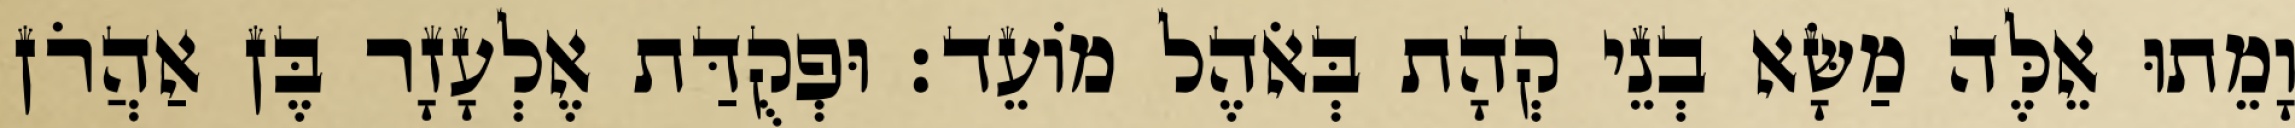
וָמֵתוּ אֵלֶּה מַשָּׂא בְנֵי קְהָת בְּאֹהֶל מוֹעֵד׃ וּפְקֻדַּת אֶלְעָזָר בֶּן אַהֲרֹן